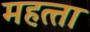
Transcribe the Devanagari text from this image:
महत्‍ता